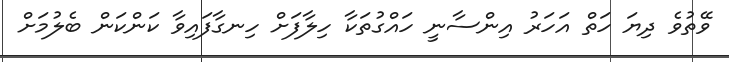
ވޭތުވެ ދިޔަ ހަތް އަހަރު އިންސާނީ ހައްގުތަކާ ހިލާފަށް ހިނގާފައިވާ ކަންކަން ބެލުމަށް